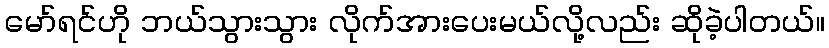
မော်ရင်ဟို ဘယ်သွားသွား လိုက်အားပေးမယ်လို့လည်း ဆိုခဲ့ပါတယ်။